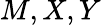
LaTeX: M,X,Y